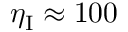
\eta _ { \mathrm { I } } \approx 1 0 0